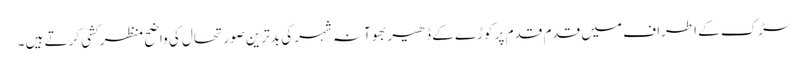
سڑک کے اطراف میں قدم قدم پر کوڑے کے ڈھیر بھوآنہ شہر کی بدترین صورتحال کی واضح منظرکشی کرتے ہیں ۔